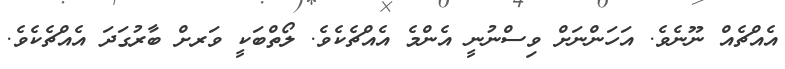
އެއްޗެއް ނޫނެވެ. އަހަންނަށް ވިސްނުނީ އެންމެ އެއްޗެކެވެ. ލޯތްބަކީ ވަރށް ބާރުގަދަ އެއްޗެކެވެ.